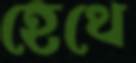
হেথে